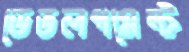
ডেভলপমেন্ট